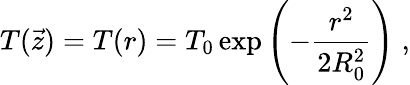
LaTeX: T(\vec{z})=T(r)=T_{0}\exp\left(-\frac{r^{2}}{2R_{0}^{2}}\right)\; ,